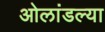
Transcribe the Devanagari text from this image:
ओलांडल्या